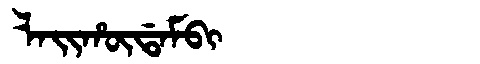
Manchu: ᠯᠠᡳᡥᡡᡩᠠᠮᠪᡳ
Romanization: LAIHŪDAMBI